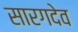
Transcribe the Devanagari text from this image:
सारगदेव